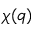
\chi ( q )